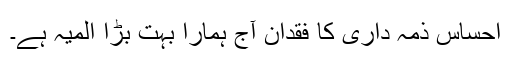
احساس ذمہ داری کا فقدان آج ہمارا بہت بڑا المیہ ہے۔